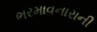
ભરમાવનારાની